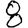
Digit: 8